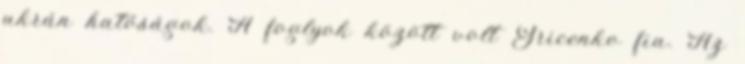
ukrán hatóságok. A foglyok között volt Gricenko fia. Az